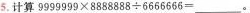
5.计算$$9 9 9 9 9 9 9 \times 8 8 8 8 8 8 8 \div 6 6 6 6 6 6 6 =$$。